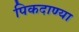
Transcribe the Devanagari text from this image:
पिकदाण्या